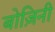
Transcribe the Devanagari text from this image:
बोज़िनी